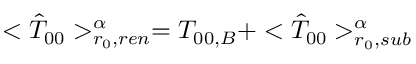
< { \hat { T } } _ { 0 0 } > _ { r _ { 0 } , r e n } ^ { \alpha } = T _ { 0 0 , B } + < { \hat { T } } _ { 0 0 } > _ { r _ { 0 } , s u b } ^ { \alpha }